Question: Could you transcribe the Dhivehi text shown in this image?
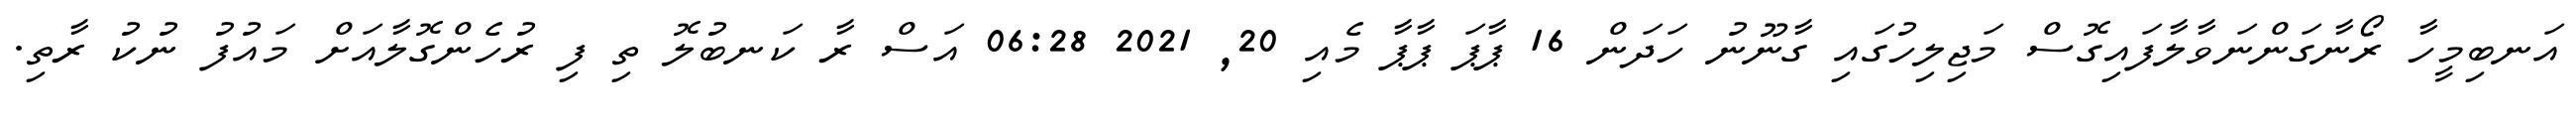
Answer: އަނބިމީހާ ރޯނާގަންނަވާލާފައިގޮސް މަޖިލިހުގައި ގާނޫނު ހަދަން 16 ޕާޕަ ޕާޕާ މެއި 20, 2021 06:28 އަސް ރާ ކަނބުލޮ ތި ފި ރުހެންގޮލާއަށް މައުފު ނުކު ރާތި.